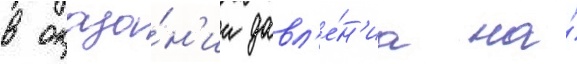
в оказа́н'ии давл'е́н'иа на́